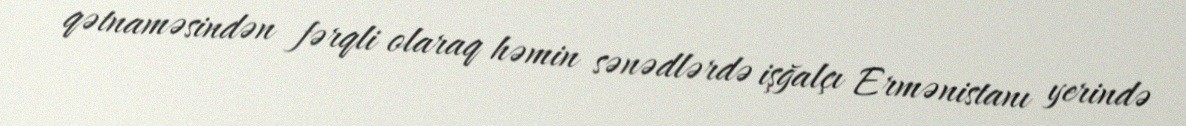
qətnaməsindən fərqli olaraq həmin sənədlərdə işğalçı Ermənistanı yerində